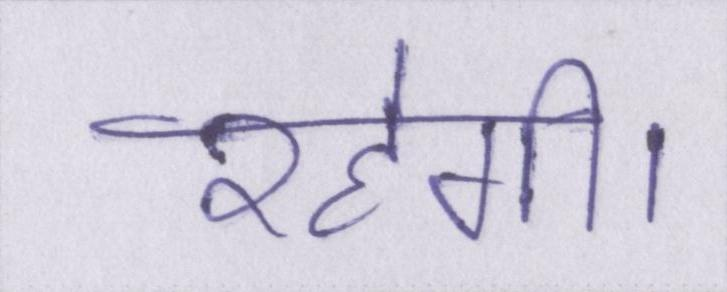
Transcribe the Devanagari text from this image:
रहेगी।